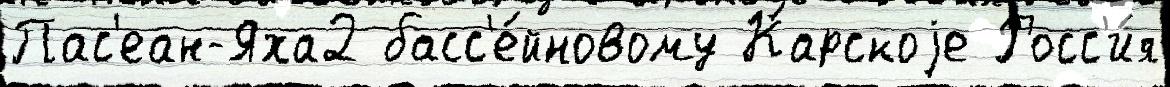
Пас'еан-Яха2 басс'е́йновому Карскоjе Росс'и́я